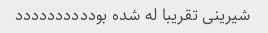
شیرینی تقریبا له شده بودددددددددد